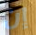
إن